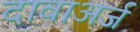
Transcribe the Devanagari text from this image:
दावाअर्ज